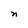
Character: n